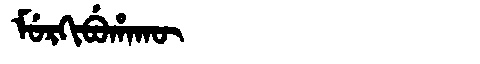
Manchu: ᠮᡠᡵᡴᡳᠪᡠᡥᠠᡴᡡ
Romanization: MURKIBUHAKŪ